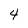
Character: 4